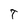
Character: T